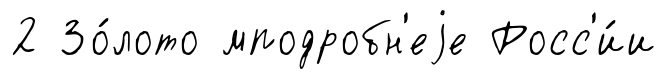
2 Зо́лото мподробн'еjе Росс'и́и